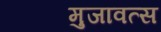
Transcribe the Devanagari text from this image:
मुजावत्स